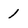
Character: 1